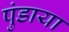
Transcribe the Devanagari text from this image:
पुंडाया